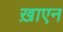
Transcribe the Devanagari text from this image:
ख़ाएन